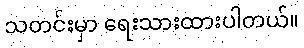
သတင်းမှာ ရေးသားထားပါတယ်။